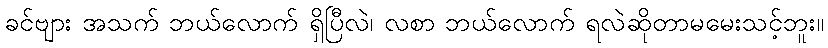
ခင်ဗျား အသက် ဘယ်လောက် ရှိပြီလဲ၊ လစာ ဘယ်လောက် ရလဲဆိုတာမမေးသင့်ဘူး။